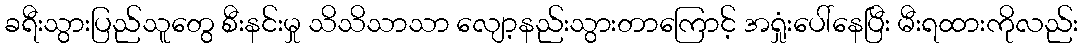
ခရီးသွားပြည်သူတွေ စီးနင်းမှု သိသိသာသာ လျော့နည်းသွားတာကြောင့် အရှုံးပေါ်နေပြီး မီးရထားကိုလည်း